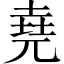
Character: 堯